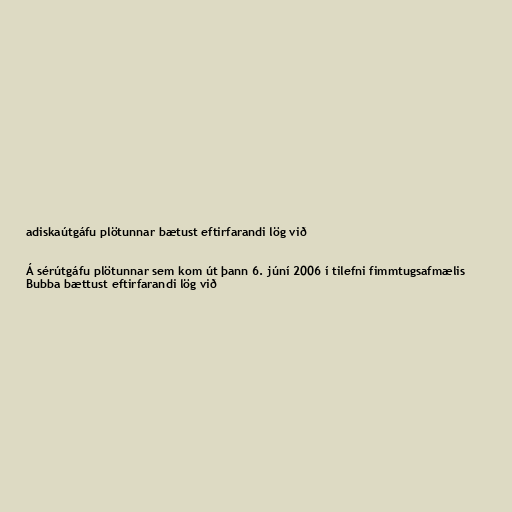
adiskaútgáfu plötunnar bætust eftirfarandi lög við

Á sérútgáfu plötunnar sem kom út þann 6. júní 2006 í tilefni fimmtugsafmælis
Bubba bættust eftirfarandi lög við